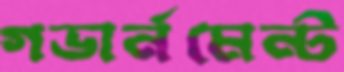
গভার্নমেন্ট